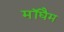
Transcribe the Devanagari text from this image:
मॉघैम